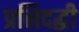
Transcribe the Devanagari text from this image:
प्रसिदद्धी